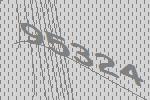
95324